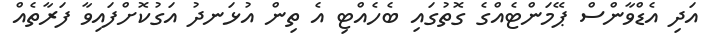
އަދި އެޑްވާންސް ޕޭމަންޓެއްގެ ގޮތުގައި ބެހެއްޓި އެ ތިން އުޅަނދު އަގުކޮށްފައިވާ ފަރާތެއް